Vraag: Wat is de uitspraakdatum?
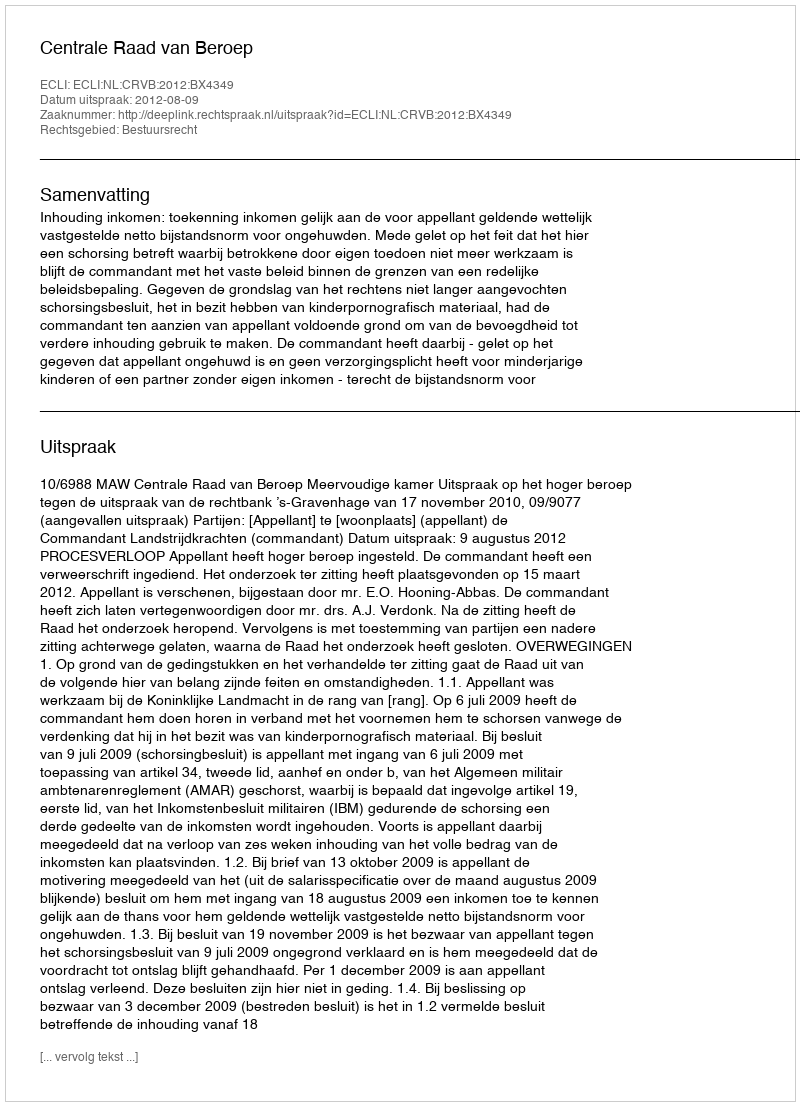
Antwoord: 2012-08-09